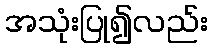
အသုံးပြု၍လည်း